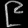
Digit: ၉